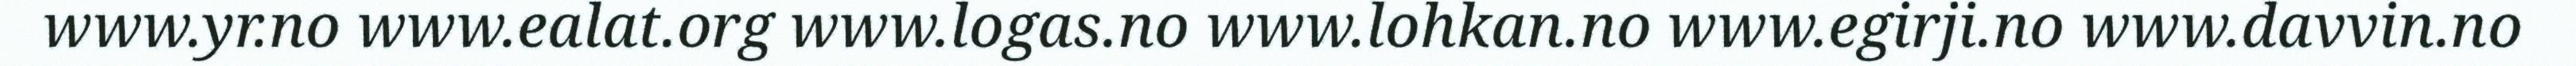
www.yr.no www.ealat.org www.logas.no www.lohkan.no www.egirji.no www.davvin.no